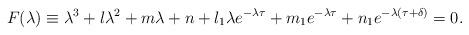
LaTeX: \begin{align*}F(\lambda)\equiv \lambda^{3}+l\lambda^{2}+m\lambda+n+l_{1}\lambda e^{-\lambda\tau}+m_{1}e^{-\lambda\tau}+n_{1}e^{-\lambda(\tau+\delta)} =0.\end{align*}